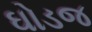
ઘોડજ